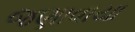
જણાવાયા